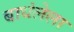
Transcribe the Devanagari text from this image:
बाधंलेला